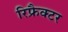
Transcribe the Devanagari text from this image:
रिफ्रैक्टर